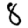
Digit: 8